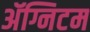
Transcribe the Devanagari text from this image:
ॲग्निटम